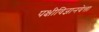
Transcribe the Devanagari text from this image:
पक्षीविज्ञानवेत्ता